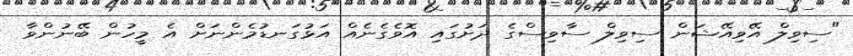
"ސިވިލް އޭވިއޭޝަން ސިވިލް ސާވިސްގެ ދަށުގައި އޮވެގެނެއް އަޅުގަނޑުމެންނަށް އެ މީހުން ބޭނުންވާ